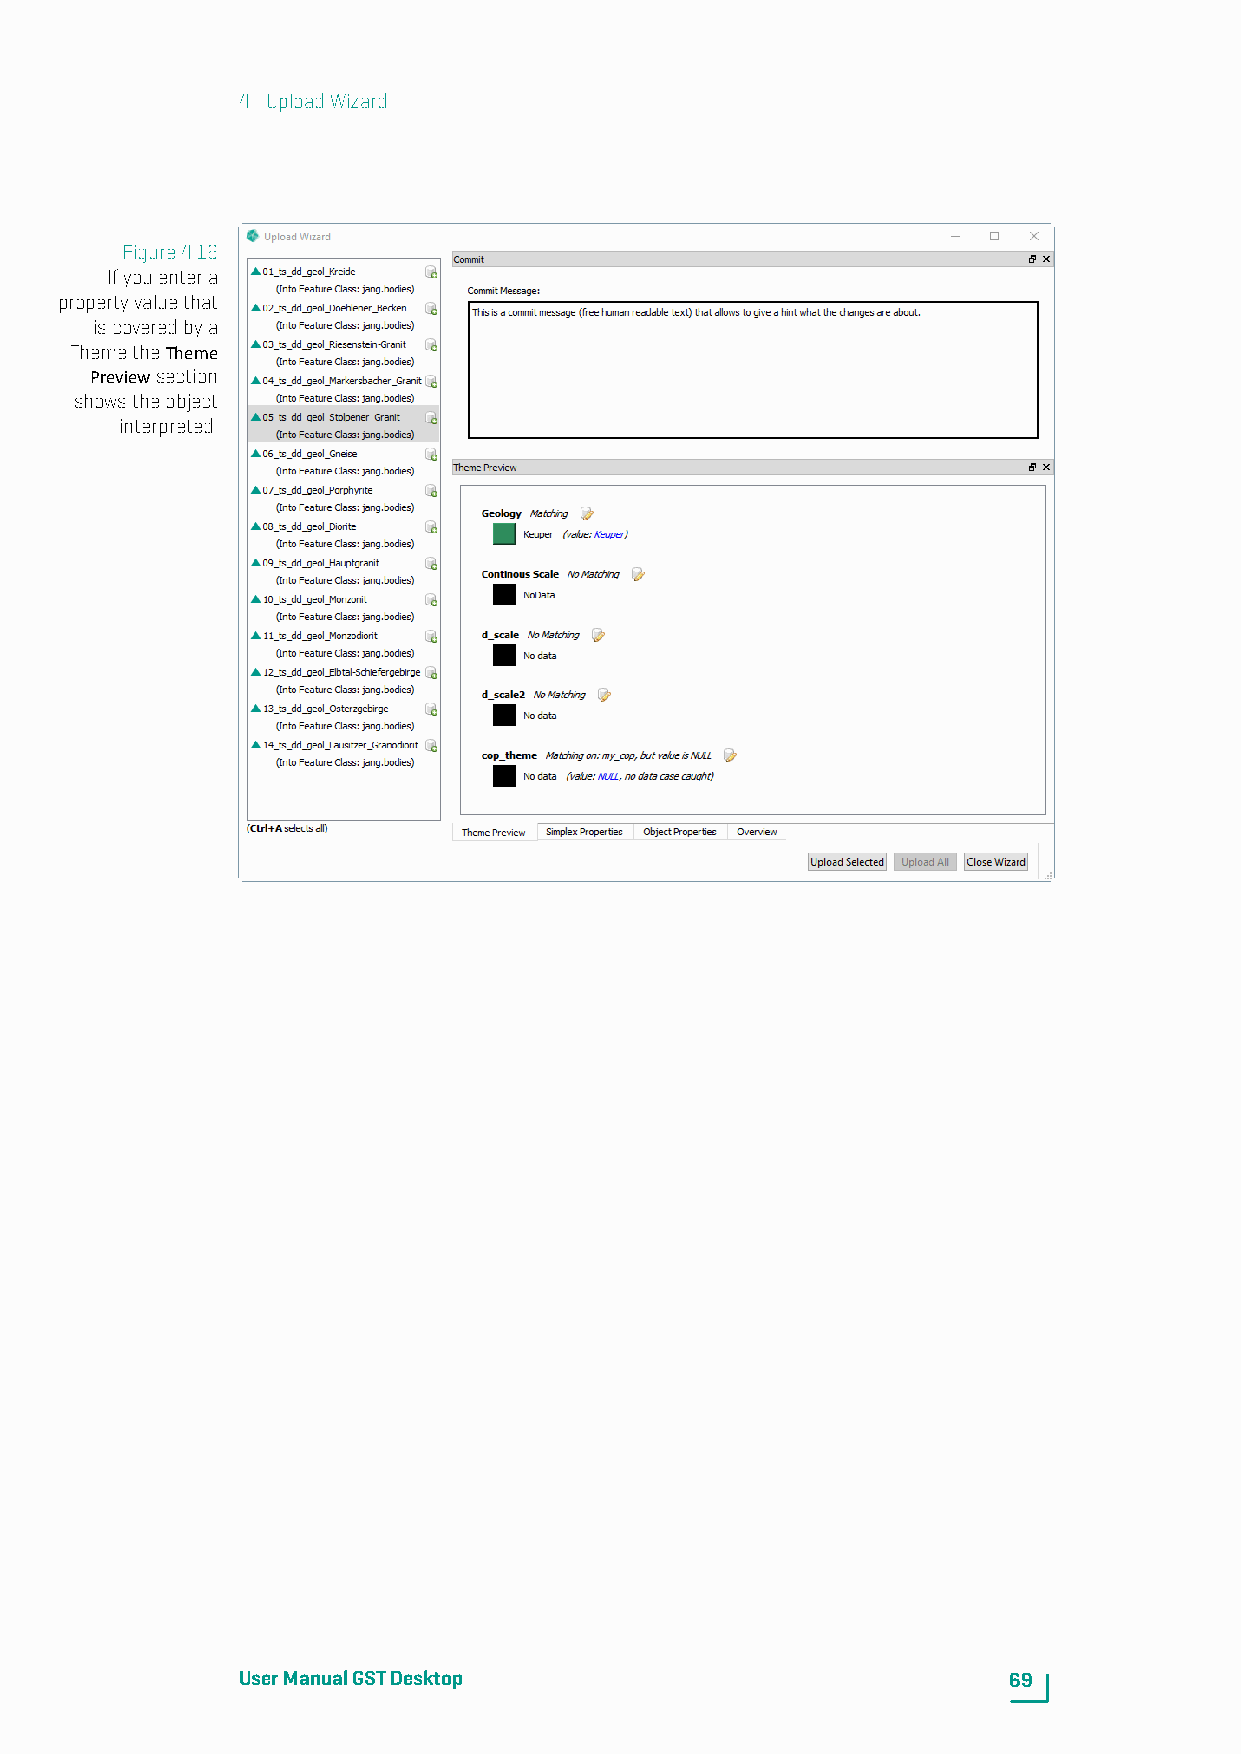
4. UploadWizard
 Figure4.16
 Ifyouentera
 propertyvaluethat
 iscoveredbya
 ThemetheTheme
 Previewsection
 showstheobject
 interpreted.
 UserManualGSTDesktop                               69